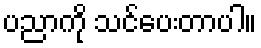
ပညာကို သင်ပေးတာပါ။